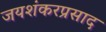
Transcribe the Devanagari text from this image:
जयशंकरप्रसाद